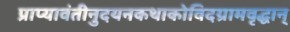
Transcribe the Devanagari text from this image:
प्राप्यावंतीनुदयनकथाकोविदग्रामवृद्धान्